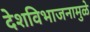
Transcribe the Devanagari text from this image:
देशविभाजनामुळे